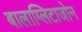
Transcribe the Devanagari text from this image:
बालाग्लिटाजोन